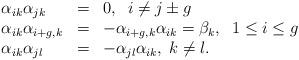
LaTeX: \begin{align*}\begin{array}{lll}\alpha_{ik}\alpha_{jk} & = & 0,\; \; i\neq j\pm g \\\alpha_{ik}\alpha_{i+g,k} & = & -\alpha_{i+g,k}\alpha_{ik}=\beta_{k},\; \;1\leq i \leq g \\\alpha_{ik}\alpha_{jl} & = & -\alpha_{jl}\alpha_{ik},\; k\neq l.\end{array}\end{align*}